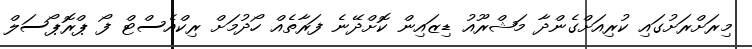
މިރަށްރަށުގައި ކުރިއަށްގެންދާ މަޝްރޫއު ޑިޒައިން ކޮށްދޭނެ ފަރާތެއް ހޯދުމަށް ރިކްއެސްޓް ފޯ ޕްރޮޕޯސަލް